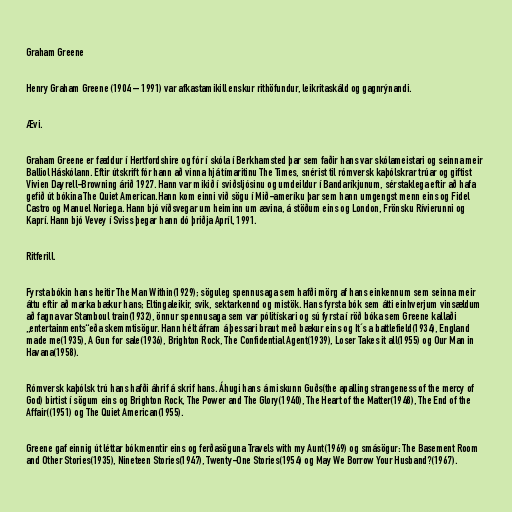
Graham Greene

Henry Graham Greene (1904 – 1991) var afkastamikill enskur rithöfundur, leikritaskáld og gagnrýnandi.

Ævi.

Graham Greene er fæddur í Hertfordshire og fór í skóla í Berkhamsted þar sem faðir hans var skólameistari og seinna meir
Balliol Háskólann. Eftir útskrift fór hann að vinna hjá tímaritinu The Times, snérist til rómversk kaþólskrar trúar og giftist
Vivien Dayrell-Browning árið 1927. Hann var mikið í sviðsljósinu og umdeildur í Bandaríkjunum, sérstaklega eftir að hafa
gefið út bókina The Quiet American.Hann kom einni við sögu í Mið-ameríku þar sem hann umgengst menn eins og Fidel
Castro og Manuel Noriega. Hann bjó víðsvegar um heiminn um ævina, á stöðum eins og London, Frönsku Rívierunni og
Kaprí. Hann bjó Vevey í Sviss þegar hann dó þriðja Apríl, 1991.

Ritferill.

Fyrsta bókin hans heitir The Man Within(1929); söguleg spennusaga sem hafði mörg af hans einkennum sem seinna meir
áttu eftir að marka bækur hans; Eltingaleikir, svik, sektarkennd og mistök. Hans fyrsta bók sem átti einhverjum vinsældum
að fagna var Stamboul train(1932), önnur spennusaga sem var pólitískari og sú fyrsta í röð bóka sem Greene kallaði
„entertainments“eða skemmtisögur. Hann hélt áfram á þessari braut með bækur eins og It´s a battlefield(1934), England
made me(1935), A Gun for sale(1936), Brighton Rock, The Confidential Agent(1939), Loser Takes it all(1955) og Our Man in
Havana(1958).

Rómversk kaþólsk trú hans hafði áhrif á skrif hans. Áhugi hans á miskunn Guðs(the apalling strangeness of the mercy of
God) birtist í sögum eins og Brighton Rock, The Power and The Glory(1940), The Heart of the Matter(1948), The End of the
Affair((1951) og The Quiet American(1955).

Greene gaf einnig út léttar bókmenntir eins og ferðasöguna Travels with my Aunt(1969) og smásögur: The Basement Room
and Other Stories(1935), Nineteen Stories(1947), Twenty-One Stories(1954) og May We Borrow Your Husband?(1967).